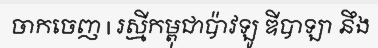
ចាកចេញ | រស្មីកម្ពុជាប៉ាវឡូ ឌីបាឡា នឹង